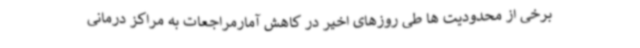
برخی از محدودیت ها طی روزهای اخیر در کاهش آمارمراجعات به مراکز درمانی